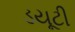
ડયૂટી